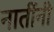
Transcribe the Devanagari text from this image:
नातींनी